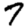
Digit: 7